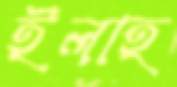
ইলাহ